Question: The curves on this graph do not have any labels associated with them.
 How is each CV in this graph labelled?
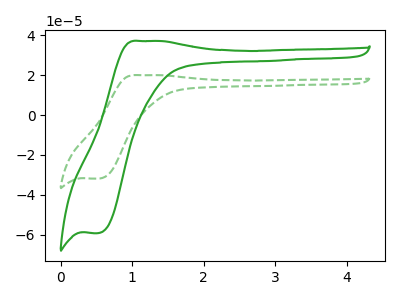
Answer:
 <answer>The green curve does not have a label. The green dashed curve does not have a label.</answer>
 <eval></eval>